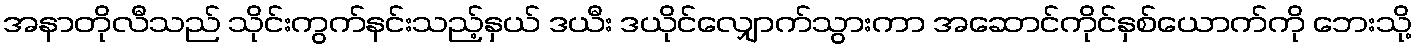
အနာတိုလီသည် သိုင်းကွက်နင်းသည့်နှယ် ဒယီး ဒယိုင်လျှောက်သွားကာ အဆောင်ကိုင်နှစ်ယောက်ကို ဘေးသို့